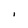
Character: I